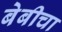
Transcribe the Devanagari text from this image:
बेबीचा